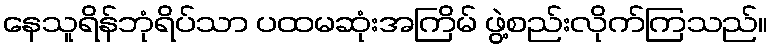
နေသူရိန်ဘုံရိပ်သာ ပထမဆုံးအကြိမ် ဖွဲ့စည်းလိုက်ကြသည်။